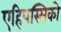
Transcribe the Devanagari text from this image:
एहिपस्सिको